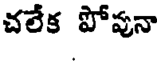
చలేక పోపునా